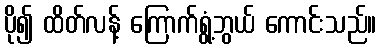
ပို၍ ထိတ်လန့် ကြောက်ရွံ့ဘွယ် ကောင်းသည်။